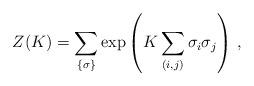
LaTeX: \begin{align*}Z(K) = \sum_{\{\sigma\}} \exp \left( K \sum_{(i,j)} \sigma_{i}\sigma_{j}\right) \, ,\end{align*}